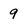
Character: 9